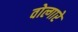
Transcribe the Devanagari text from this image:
वोल्गारे